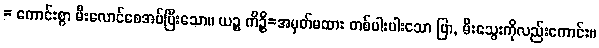
= ကောင်းစွာ မီးလောင်စေအပ်ပြီးသော။ ယဉ္စ ကိဉ္စိ=အမှတ်မထား တစ်ပါးပါးသော ပြာ, မီးသွေးကိုလည်းကောင်း။